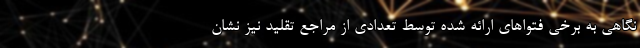
نگاهی به برخی فتواهای ارائه شده توسط تعدادی از مراجع تقلید نیز نشان